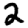
Digit: 2